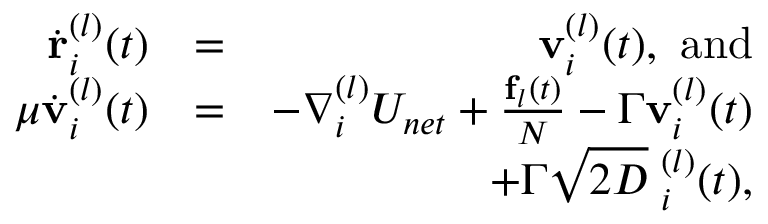
\begin{array} { r l r } { \dot { \bf r } _ { i } ^ { ( l ) } ( t ) } & { = } & { { \bf v } _ { i } ^ { ( l ) } ( t ) , \mathrm { \ a n d } } \\ { { \mu } \dot { \bf v } _ { i } ^ { ( l ) } ( t ) } & { = } & { - \nabla _ { i } ^ { ( l ) } { \cal U } _ { n e t } + \frac { { \bf f } _ { l } ( t ) } { N } - \Gamma { \bf v } _ { i } ^ { ( l ) } ( t ) } \\ & { } & { \, \, \, \, + \Gamma \sqrt { 2 D } { \bf \Xi } _ { i } ^ { ( l ) } ( t ) , } \end{array}